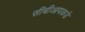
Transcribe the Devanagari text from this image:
सीबीआयकडे